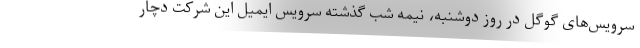
سرویس‌های گوگل در روز دوشنبه، نیمه شب گذشته سرویس ایمیل این شرکت دچار